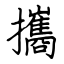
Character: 攜